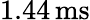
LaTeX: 1.44\, \mathrm{ms}